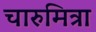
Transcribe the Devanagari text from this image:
चारुमित्रा